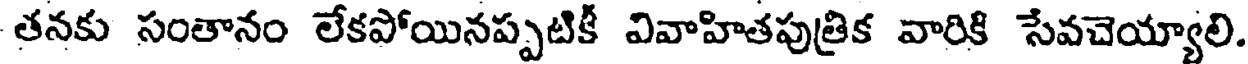
తనకు సంతానం లేకపోయినప్పటికీ వివాహితపుత్రిక వారికి సేవచెయ్యాలి.